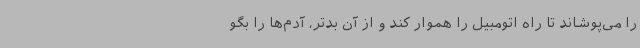
را می‌پوشاند تا راه اتومبیل را هموار کند و از آن بدتر، آدم‌ها را بگو